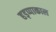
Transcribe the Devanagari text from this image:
हड़प्पाकाल